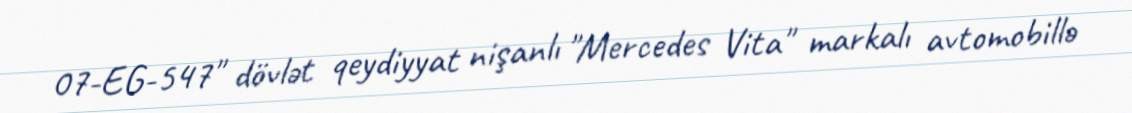
07-EG-547" dövlət qeydiyyat nişanlı "Mercedes Vita" markalı avtomobillə